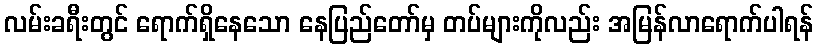
လမ်းခရီးတွင် ရောက်ရှိနေသော နေပြည်တော်မှ တပ်များကိုလည်း အမြန်လာရောက်ပါရန်